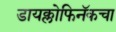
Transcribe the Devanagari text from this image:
डायक्लोफिनॅकचा